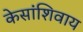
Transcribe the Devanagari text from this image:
केसांशिवाय